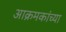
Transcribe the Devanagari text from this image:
आक्रमकांच्या